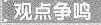
观点争鸣